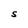
Character: S